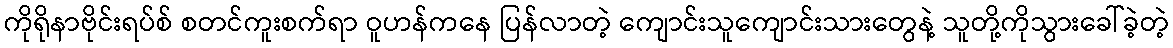
ကိုရိုနာဗိုင်းရပ်စ် စတင်ကူးစက်ရာ ဝူဟန်ကနေ ပြန်လာတဲ့ ကျောင်းသူကျောင်းသားတွေနဲ့ သူတို့ကိုသွားခေါ်ခဲ့တဲ့